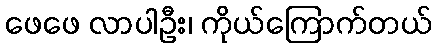
ဖေဖေ လာပါဦး၊ ကိုယ်ကြောက်တယ်